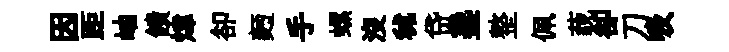
因距岫饋煒卻麪手螺没秫贷盞整佩藐卻刀吸